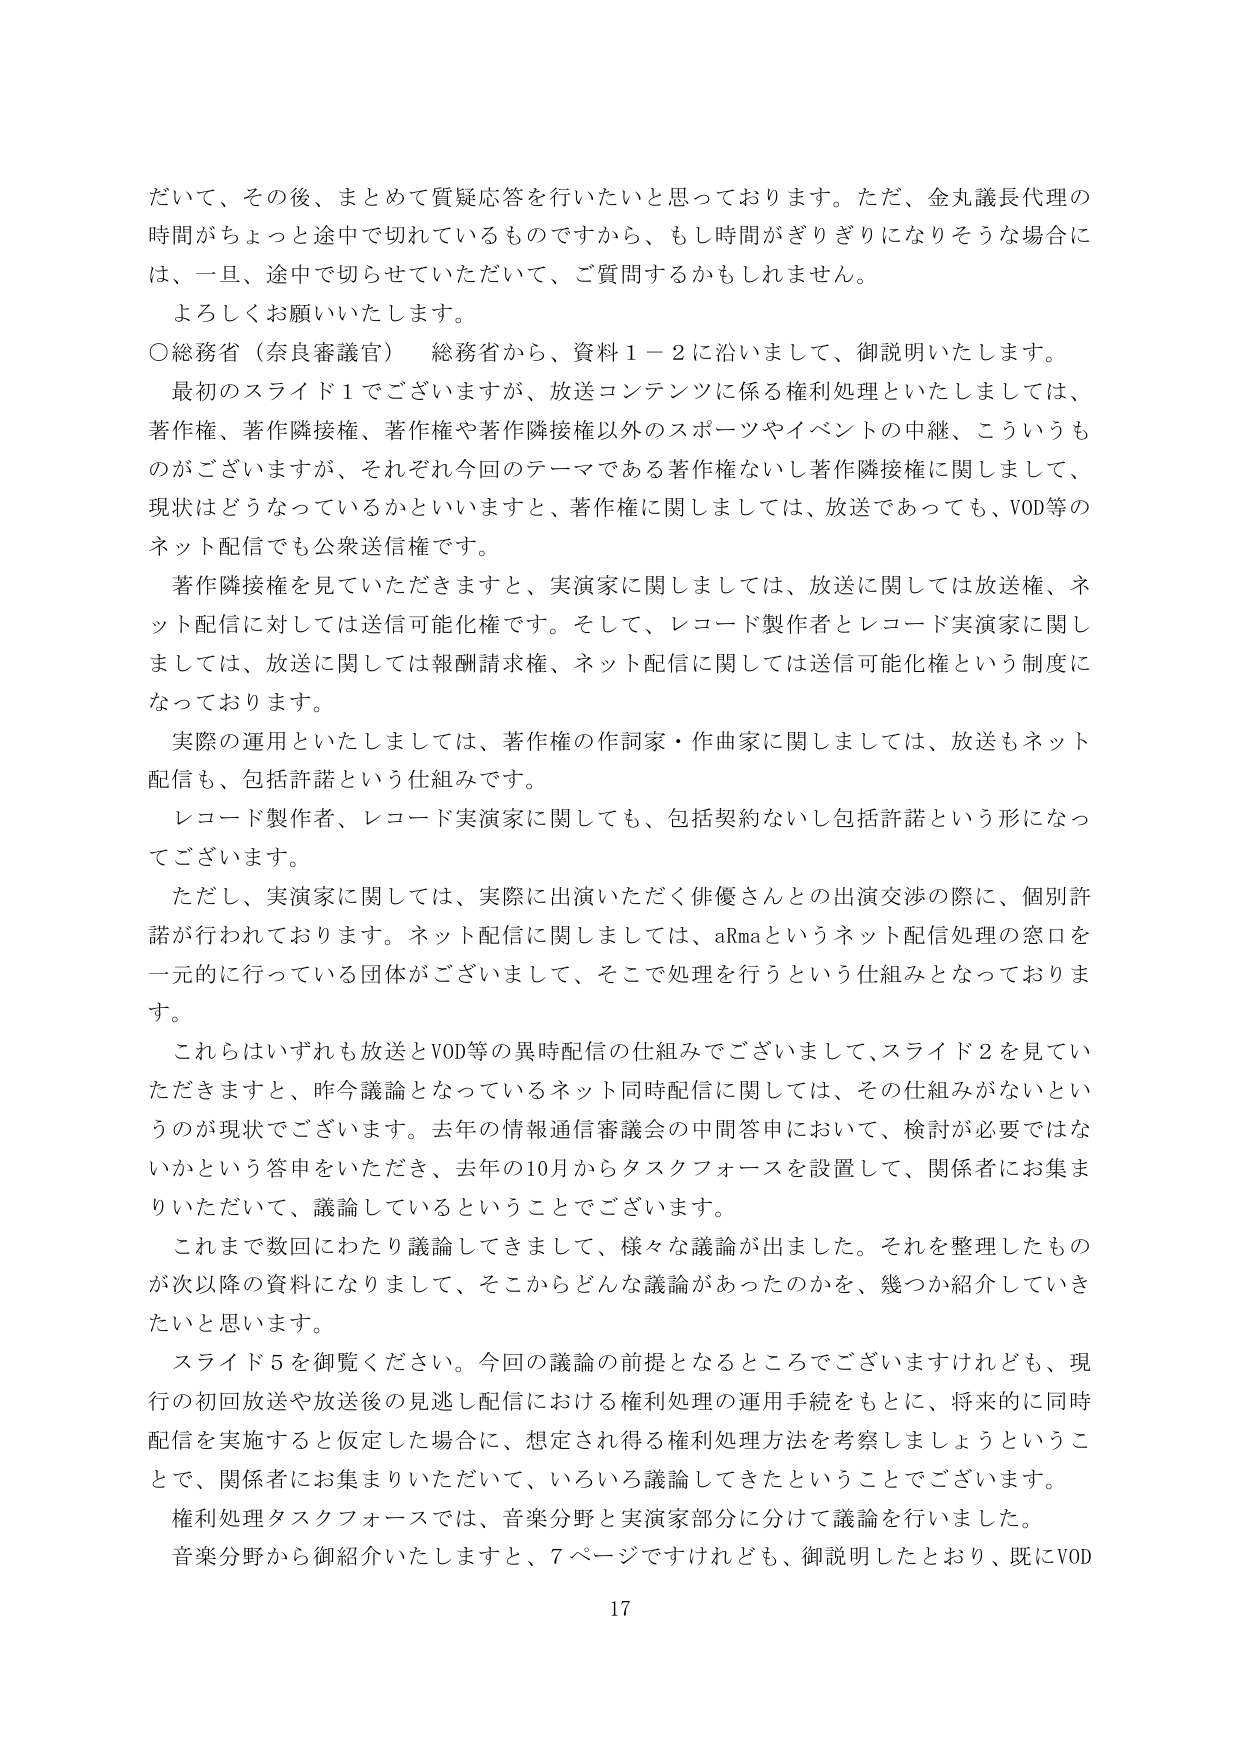
だいて、その後、まとめて質疑応答を行いたいと思っております。ただ、金丸議長代理の時間がちょっと途中で切れているものですから、もし時間がぎりぎりになりそうな場合には、一旦、途中で切らせていただいて、ご質問するかもしれません。

よろしくお願いいたします。

○総務省（奈良審議官） 総務省から、資料１－２に沿いまして、御説明いたします。

最初のスライド１でございますが、放送コンテンツに係る権利処理といたしましては、著作権、著作隣接権、著作権や著作隣接権以外のスポーツやイベントの中継、こういうものがございますが、それぞれ今回のテーマである著作権ないし著作隣接権に関しまして、現状はどうなっているかといいますと、著作権に関しましては、放送であっても、VOD等のネット配信でも公衆送信権です。

著作隣接権を見ていただきますと、実演家に関しましては、放送に関しては放送権、ネット配信に対しては送信可能化権です。そして、レコード製作者とレコード実演家に関しましては、放送に関しては報酬請求権、ネット配信に関しては送信可能化権という制度になっております。

実際の運用といたしましては、著作権の作詞家・作曲家に関しましては、放送もネット配信も、包括許諾という仕組みです。

レコード製作者、レコード実演家に関しても、包括契約ないし包括許諾という形になってございます。

ただし、実演家に関しては、実際に出演いただく俳優さんとの出演交渉の際に、個別許諾が行われております。ネット配信に関しては、aRmaというネット配信処理の窓口を一元的に行っている団体がございまして、そこで処理を行うという仕組みとなっております。

これらはいずれも放送とVOD等の異時配信の仕組みでございまして、スライド２を見ていただきますと、昨今議論となっているネット同時配信に関しては、その仕組みがないというのが現状でございます。去年の情報通信審議会の中間答申において、検討が必要ではないかという答申をいただき、去年の10月からタスクフォースを設置して、関係者にお集まりいただいて、議論しているということでございます。

これまで数回にわたり議論してきましたし、様々な議論が出ました。それを整理したものが次以降の資料になりまして、そこからどんな議論があったのかを、幾つか紹介していきたいと思います。

スライド５を御覧ください。今回の議論の前提となるところでございますけれども、現行の初回放送や放送後の見逃し配信における権利処理の運用手続をもとに、将来的に同時配信を実施すると仮定した場合に、想定され得る権利処理方法を考察しましょうということで、関係者にお集まりいただいて、いろいろ議論してきたということでございます。

権利処理タスクフォースでは、音楽分野と実演家部分に分けて議論を行いました。

音楽分野から御紹介いたしますと、7ページですけれども、御説明したとおり、既にVOD

17